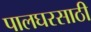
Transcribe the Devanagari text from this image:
पालघरसाठी